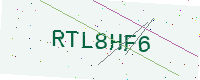
Text: RTL8HF6